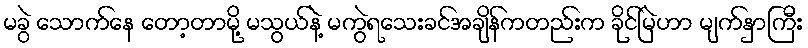
မခွဲ သောက်နေ တော့တာမို့ မသွယ်နဲ့ မကွဲရသေးခင်အချိန်ကတည်းက ခိုင်မြဲဟာ မျက်နှာကြီး